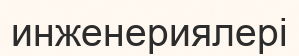
инженериялері